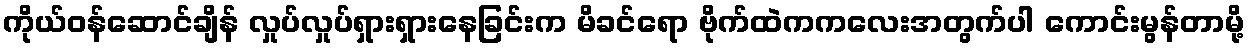
ကိုယ်ဝန်ဆောင်ချိန် လှုပ်လှုပ်ရှားရှားနေခြင်းက မိခင်ရော ဗိုက်ထဲကကလေးအတွက်ပါ ကောင်းမွန်တာမို့